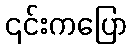
၎င်းကပြော